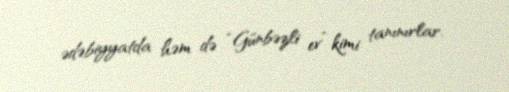
ədəbiyyatda həm də “Günbəzli ev” kimi tanınırlar.